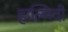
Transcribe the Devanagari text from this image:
हाल्मिदी